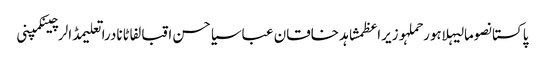
پاکستانصومالیہلاہورحملہوزیراعظمشاہد خاقان عباسیاحسن اقبالفاٹانادراتعلیمڈالرچینکمپنی